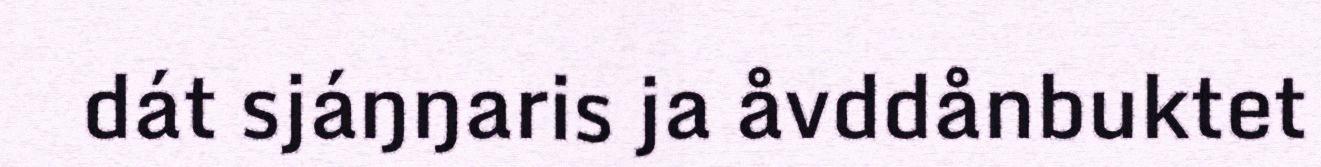
dát sjáŋŋaris ja åvddånbuktet